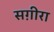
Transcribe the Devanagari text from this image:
सग़ीरा